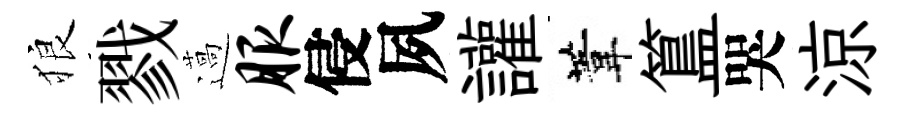
狼戮薖服侵夙讙葦簋哭涼